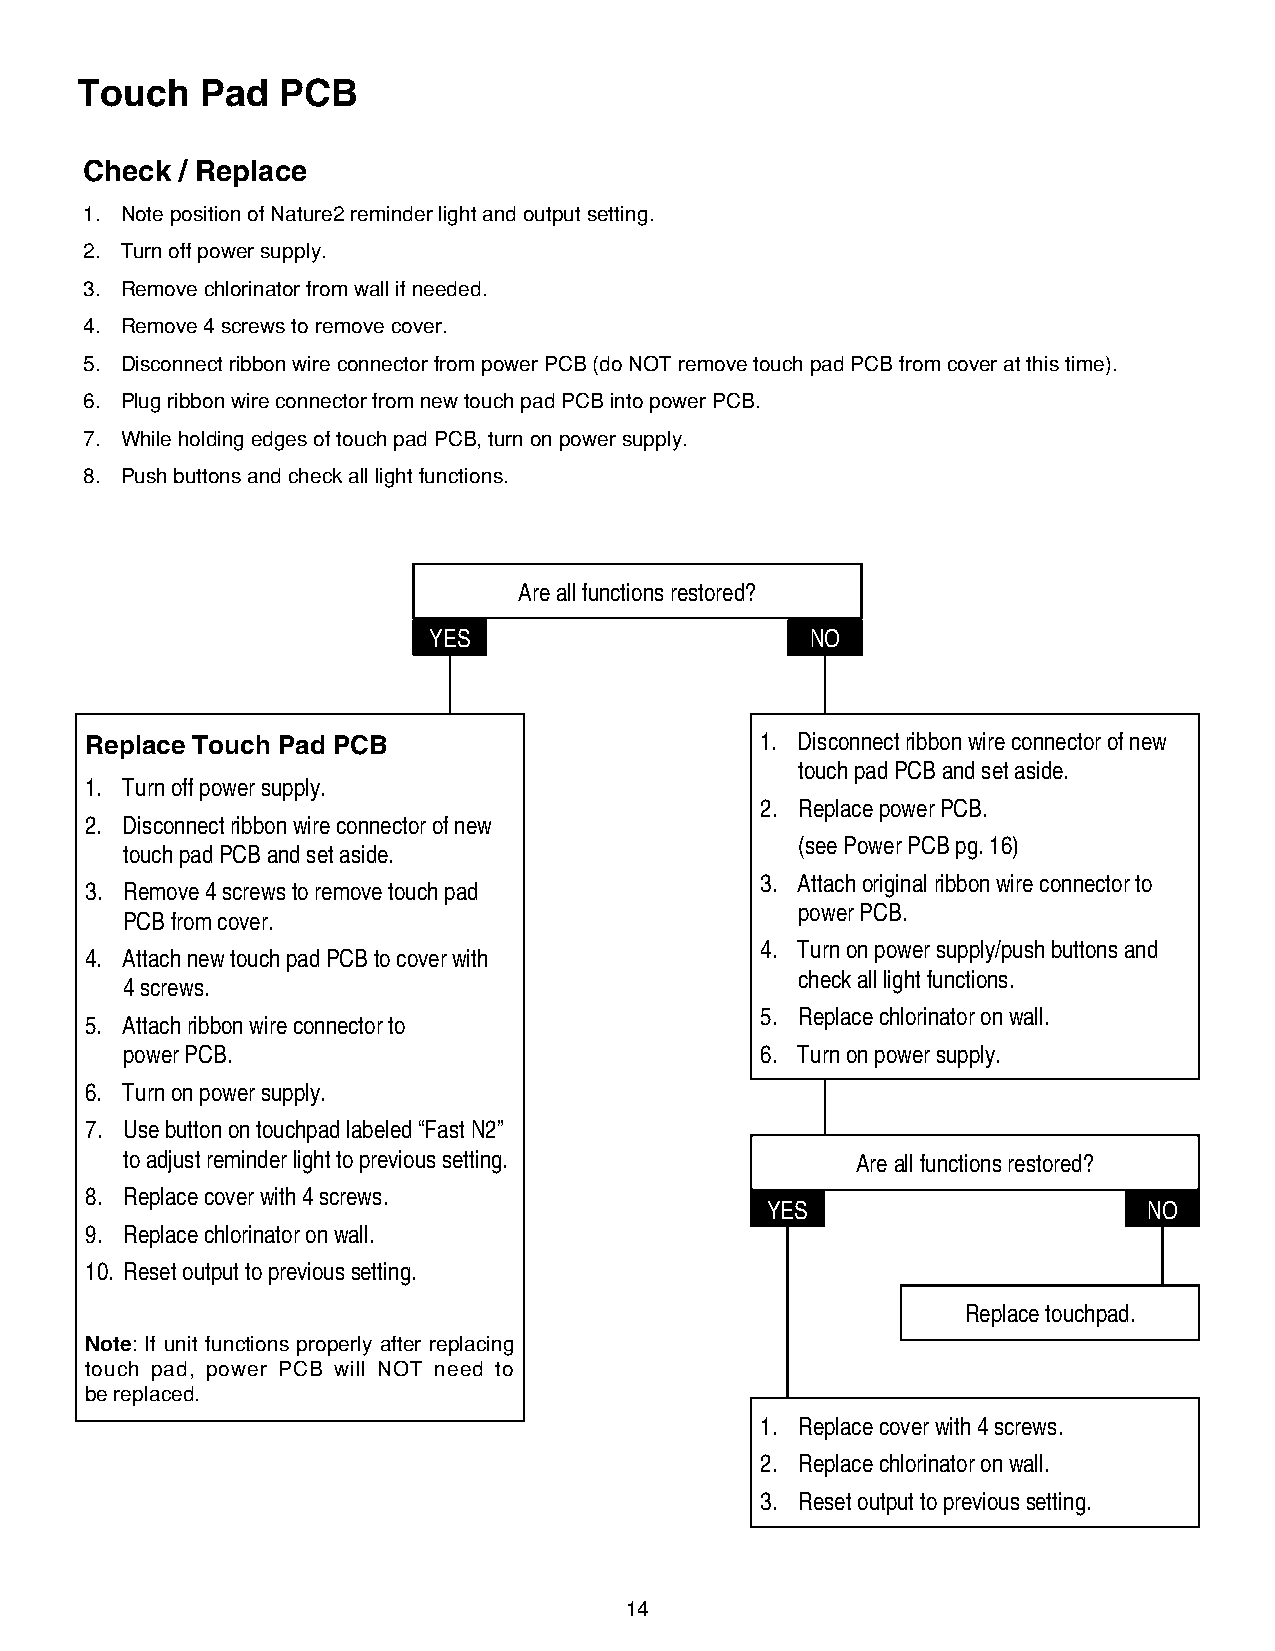
Touch   Pad  PCB
 Check / Replace
 1 . Note position of Nature2 reminder light and output setting .
 2 . Turn off power supply .
 3 . Remove chlorinator from wall if needed .
 4 . Remove 4 screws to remove cover .
 5 . Disconnect ribbon wire connector from power PCB (do NOT remove touch pad PCB from cover at this time) .
 6 . Plug ribbon wire connector from new touch pad PCB into power PCB .
 7 . While holding edges of touch pad PCB, turn on power supply .
 8 . Push buttons and check all light functions .
 Are all functions restored?
 YES                       NO
 Replace Touch Pad PCB                       1. Disconnect ribbon wire connector of new
 touch pad PCB and set aside.
 1. Turn off power supply.
 2. Replace power PCB.
 2. Disconnect ribbon wire connector of new
 (see Power PCB pg. 16)
 touch pad PCB and set aside.
 3. Attach original ribbon wire connector to
 3. Remove 4 screws to remove touch pad
 power PCB.
 PCB from cover.
 4. Turn on power supply/push buttons and
 4. Attach new touch pad PCB to cover with
 check all light functions.
 4 screws.
 5. Replace chlorinator on wall.
 5. Attach ribbon wire connector to
 power PCB.                                6. Turn on power supply.
 6. Turn on power supply.
 7. Use button on touchpad labeled “Fast N2”
 to adjust reminder light to previous setting.    Are all functions restored?
 8. Replace cover with 4 screws.
 YES                      NO
 9. Replace chlorinator on wall.
 10. Reset output to previous setting.
 Replace touchpad.
 Note: If unit functions properly after replacing
 touch pad, power PCB will NOT need to
 be replaced .
 1. Replace cover with 4 screws.
 2. Replace chlorinator on wall.
 3. Reset output to previous setting.
 14